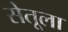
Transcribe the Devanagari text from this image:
सेतूला